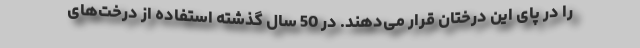
را در پای این درختان قرار می‌دهند. در 50 سال گذشته استفاده از درخت‌های